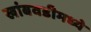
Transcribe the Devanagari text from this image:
खांबवडीमध्ये